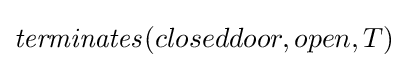
{\mathit {terminates}}(closeddoor,open,T)